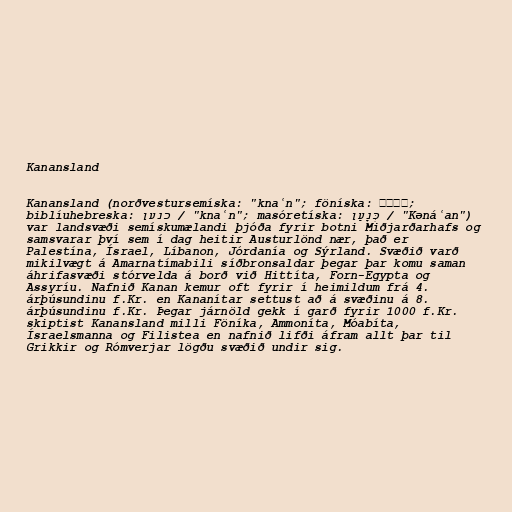
Kanansland

Kanansland (norðvestursemíska: "knaʿn"; föníska: 𐤊𐤍𐤏𐤍;
biblíuhebreska: כנען / "knaʿn"; masóretíska: כְּנָעַן / "Kənáʿan")
var landsvæði semískumælandi þjóða fyrir botni Miðjarðarhafs og
samsvarar því sem í dag heitir Austurlönd nær, það er
Palestína, Ísrael, Líbanon, Jórdanía og Sýrland. Svæðið varð
mikilvægt á Amarnatímabili síðbronsaldar þegar þar komu saman
áhrifasvæði stórvelda á borð við Hittíta, Forn-Egypta og
Assyríu. Nafnið Kanan kemur oft fyrir í heimildum frá 4.
árþúsundinu f.Kr. en Kananítar settust að á svæðinu á 8.
árþúsundinu f.Kr. Þegar járnöld gekk í garð fyrir 1000 f.Kr.
skiptist Kanansland milli Föníka, Ammoníta, Móabíta,
Ísraelsmanna og Filistea en nafnið lifði áfram allt þar til
Grikkir og Rómverjar lögðu svæðið undir sig.